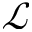
\mathcal { L }